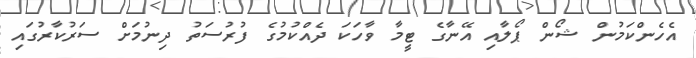
އެހެންކަމުން ޝޯން ޕޯލާއި އޭނާގެ ޓީމާ ވާހަކަ ދެއްކުމުގެ ފުރުސަތު ދިނުމަށް ސަރުކާރުގައި